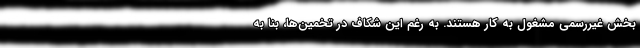
بخش غیررسمی مشغول به کار هستند. به رغم این شکاف در تخمین‌ها، بنا به